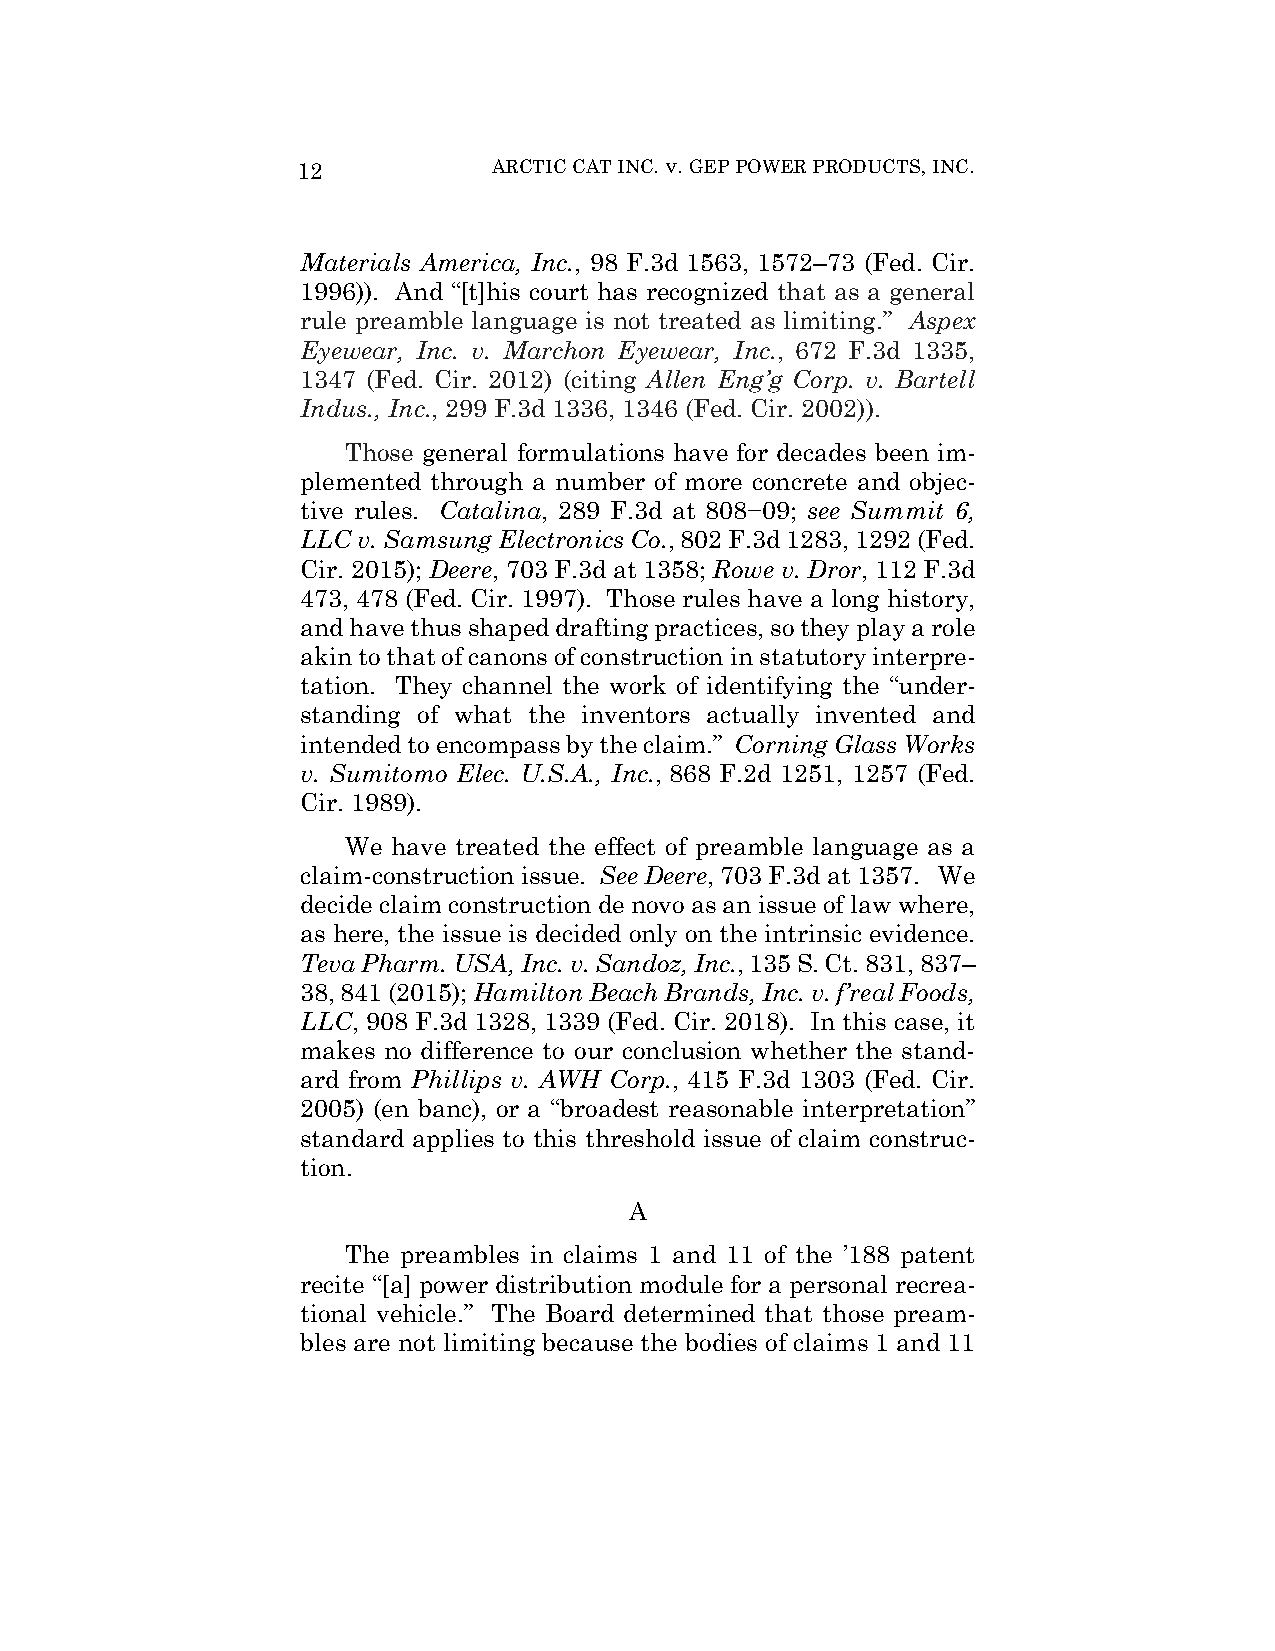
12           ARCTIC CAT INC. v. GEP POWER PRODUCTS, INC.
 Materials America, Inc., 98 F.3d 1563, 1572–73 (Fed. Cir.
 1996)). And “[t]his court has recognized that as a general
 rule preamble language is not treated as limiting.” Aspex
 Eyewear, Inc. v. Marchon Eyewear, Inc., 672 F.3d 1335,
 1347 (Fed. Cir. 2012) (citing Allen Eng’g Corp. v. Bartell
 Indus., Inc., 299 F.3d 1336, 1346 (Fed. Cir. 2002)).
 Those general formulations have for decades been im-
 plemented through a number of more concrete and objec-
 tive rules. Catalina, 289 F.3d at 808−09; see Summit 6,
 LLC v. Samsung Electronics Co., 802 F.3d 1283, 1292 (Fed.
 Cir. 2015); Deere, 703 F.3d at 1358; Rowe v. Dror, 112 F.3d
 473, 478 (Fed. Cir. 1997). Those rules have a long history,
 and have thus shaped drafting practices, so they play a role
 akin to that of canons of construction in statutory interpre-
 tation. They channel the work of identifying the “under-
 standing of what the inventors actually invented and
 intended to encompass by the claim.” Corning Glass Works
 v. Sumitomo Elec. U.S.A., Inc., 868 F.2d 1251, 1257 (Fed.
 Cir. 1989).
 We have treated the effect of preamble language as a
 claim-construction issue. See Deere, 703 F.3d at 1357. We
 decide claim construction de novo as an issue of law where,
 as here, the issue is decided only on the intrinsic evidence.
 Teva Pharm. USA, Inc. v. Sandoz, Inc., 135 S. Ct. 831, 837–
 38, 841 (2015); Hamilton Beach Brands, Inc. v. f’real Foods,
 LLC, 908 F.3d 1328, 1339 (Fed. Cir. 2018). In this case, it
 makes no difference to our conclusion whether the stand-
 ard from Phillips v. AWH Corp., 415 F.3d 1303 (Fed. Cir.
 2005) (en banc), or a “broadest reasonable interpretation”
 standard applies to this threshold issue of claim construc-
 tion.
 A
 The preambles in claims 1 and 11 of the ’188 patent
 recite “[a] power distribution module for a personal recrea-
 tional vehicle.” The Board determined that those pream-
 bles are not limiting because the bodies of claims 1 and 11